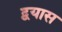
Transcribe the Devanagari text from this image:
द्वयास